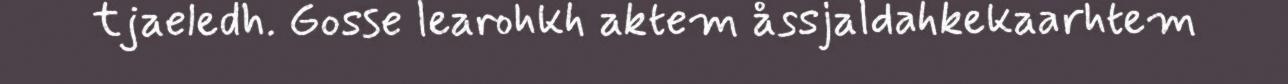
tjaeledh. Gosse learohkh aktem åssjaldahkekaarhtem